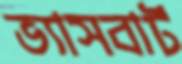
ভ্যাসবার্ট